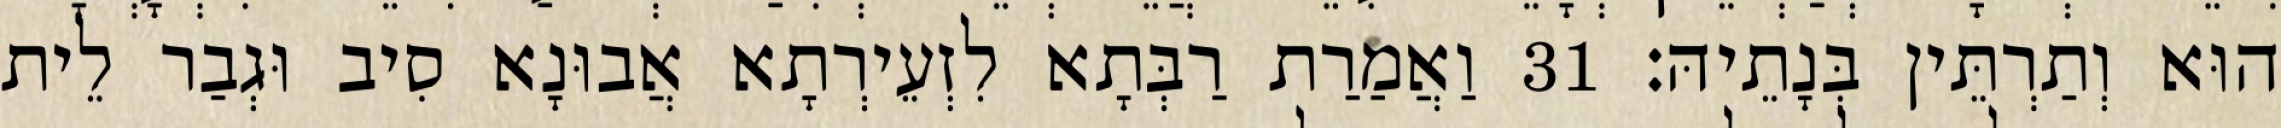
הוּא וְתַרְתֵּין בְּנָתֵיהּ׃ 31 וַאֲמַרַת רַבְּתָא לִזְעֵירְתָא אֲבוּנָא סִיב וּגְבַר לֵית